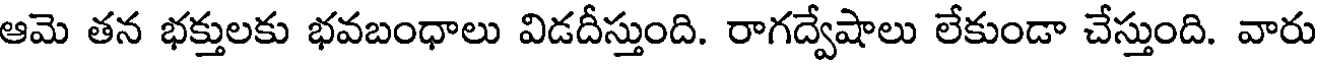
ఆమె తన భక్తులకు భవబంధాలు విడదీస్తుంది. రాగద్వేషాలు లేకుండా చేస్తుంది. వారు